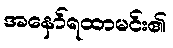
အနော်ရထာမင်း၏